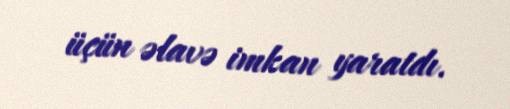
üçün əlavə imkan yaratdı.